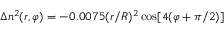
\Delta n ^ { 2 } ( r , \varphi ) = - 0 . 0 0 7 5 ( r / R ) ^ { 2 } \cos [ 4 ( \varphi + \pi / 2 ) ]